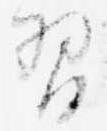
習